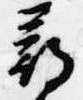
尋